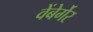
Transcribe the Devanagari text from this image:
वेंबेर्गेर